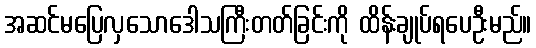
အဆင်မပြေလှသောဒေါသကြီးတတ်ခြင်းကို ထိန်းချုပ်ရပေဦးမည်။